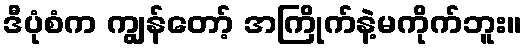
ဒီပုံစံက ကျွန်တော့် အကြိုက်နဲ့မကိုက်ဘူး။